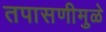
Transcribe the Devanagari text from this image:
तपासणीमुळे